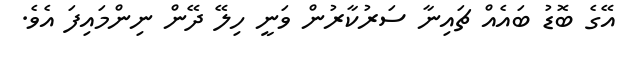
އޭގެ ބޮޑު ބައެއް ޗައިނާ ސަރުކާރުން ވަނީ ހިލޭ ދޭން ނިންމައިފަ އެވެ.